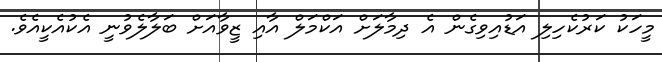
މީހަކު ކަރުކެހިލި އަޑުއިވިގެން އެ ދިމާލަށް އަކްމަލް އާއި ޒީވާއަށް ބަލާލެވުނީ އެކުއެކީއެވެ.